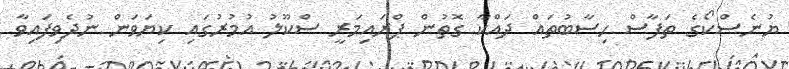
ޔުނެސްކޯގެ ތަފާސް ހިސާބުތައް ދައްކާ ގޮތުން ޕްރައިމަރީ ސްކޫލު އުމުރުގައި ކިޔަވަން ނުދެވިފައިވާ